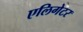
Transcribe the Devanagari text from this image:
एलिगेटर